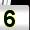
Digit: 5